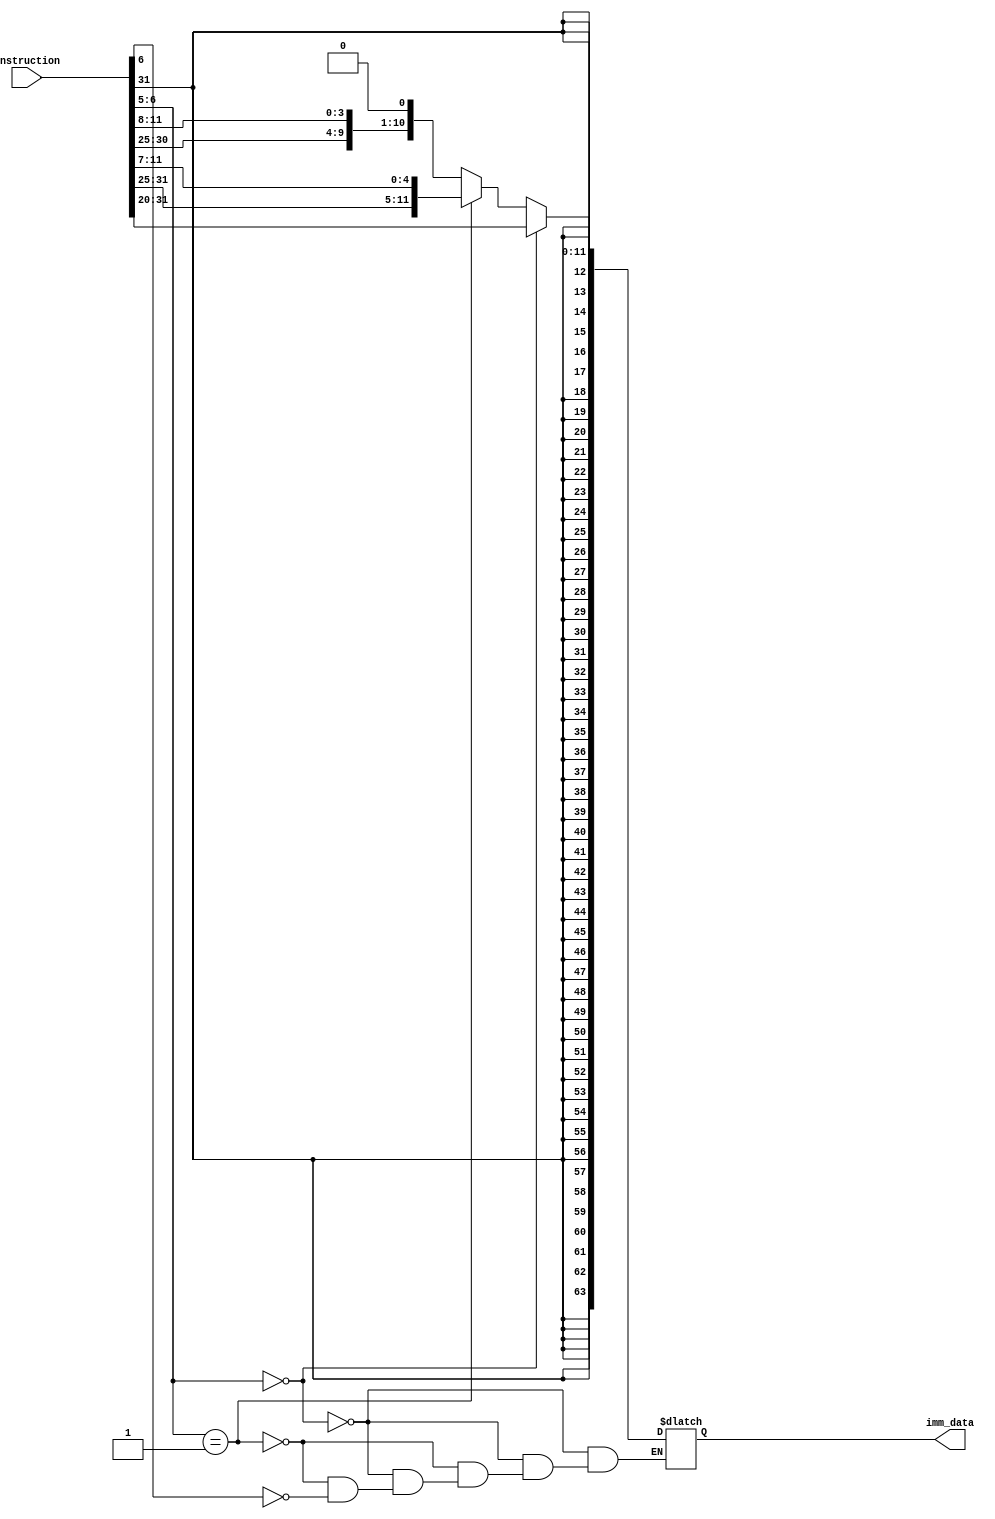
module imm_data
(
        input [31:0]instruction,
        output reg [63:0]imm_data
);

always @ (instruction)
begin
  if (instruction[6:5] == 2'b00)
      imm_data = {{52{instruction[31]}},instruction[31:20]};
  else if(instruction[6:5] == 2'b01)
      imm_data = {{52{instruction[31]}},instruction[31:25],instruction[11:7]};
  else if(instruction[6] == 1'b1)
      imm_data = {{52{instruction[31]}},instruction[7],instruction[30:25],instruction[11:8],1'b0};
end
endmodule